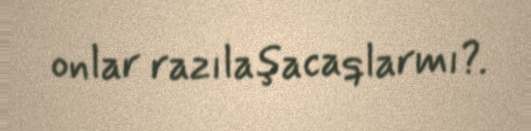
onlar razılaşacaqlarmı?.